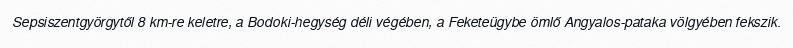
Sepsiszentgyörgytől 8 km-re keletre, a Bodoki-hegység déli végében, a Feketeügybe ömlő Angyalos-pataka völgyében fekszik.